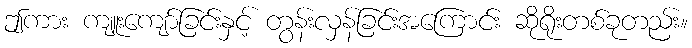
ဤကား ကျူးကျော်ခြင်းနှင့် တွန်းလှန်ခြင်းအကြောင်း ဆိုရိုးတစ်ခုတည်း။